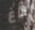
باغ